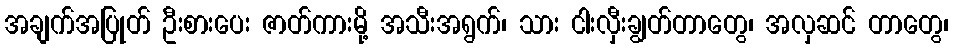
အချက်အပြုတ် ဦးစားပေး ဇာတ်ကားမို့ အသီးအရွက်၊ သား ငါးလှီးချွတ်တာတွေ၊ အလှဆင် တာတွေ၊